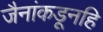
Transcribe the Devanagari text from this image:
जैनांकडूनहि